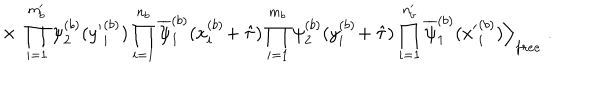
\times \; \prod _ { i = 1 } ^ { m _ { b } ^ { \prime } } \psi _ { 2 } ^ { ( b ) } ( { y ^ { \prime } } _ { i } ^ { ( b ) } ) \prod _ { i = 1 } ^ { n _ { b } } \overline { { { \psi } } } _ { 1 } ^ { ( b ) } ( x _ { i } ^ { ( b ) } \! + \hat { \tau } ) \prod _ { i = 1 } ^ { m _ { b } } \psi _ { 2 } ^ { ( b ) } ( y _ { i } ^ { ( b ) } \! + \hat { \tau } ) \prod _ { i = 1 } ^ { n _ { b } ^ { \prime } } \overline { { { \psi } } } _ { 1 } ^ { ( b ) } ( { x ^ { \prime } } _ { i } ^ { ( b ) } ) \Big \rangle _ { f r e e } \; .